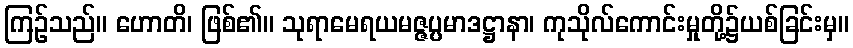
ကြဉ်သည်။ ဟောတိ၊ ဖြစ်၏။ သုရာမေရယမဇ္ဇပ္ပမာဒဋ္ဌာနာ၊ ကုသိုလ်ကောင်းမှုတို့၌ယစ်ခြင်းမှ။